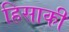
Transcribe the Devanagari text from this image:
हिसाकी